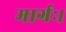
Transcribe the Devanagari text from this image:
मार्गः।